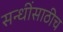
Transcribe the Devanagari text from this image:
सन्धींसाठीच